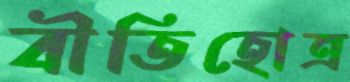
বীতিহোত্র